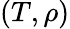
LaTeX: (T,\rho)